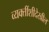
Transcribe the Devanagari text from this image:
व्यक्तींशीदेखील